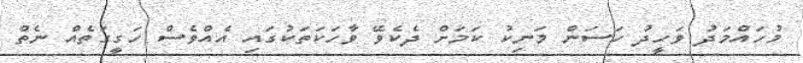
މުހައްމަދު ވަހީދު ހަސަން މަނިކު ކަމަށް ދެކެވޭ ވާހަކަތަކުގައި އެއްވެސް ހަގީގަތެއް ނެތް